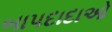
બાપદાદાઓ